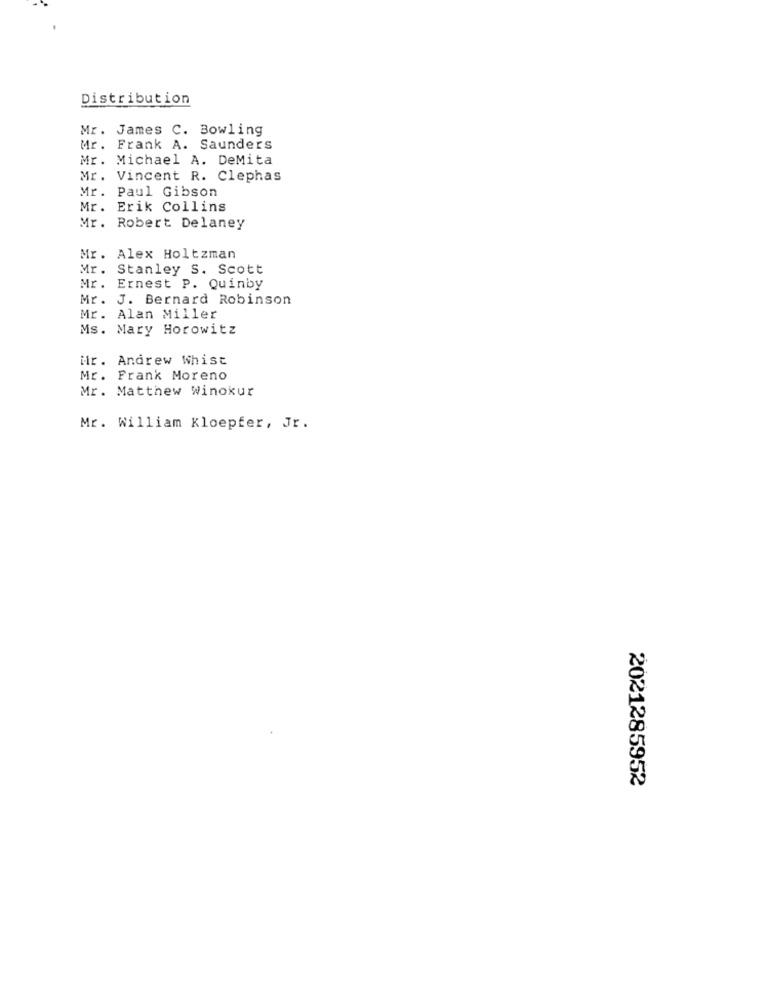
Distribution
Mr. James C. Bowling
Mr. Frank A. Saunders
Mr. Michael A. DeMita
Mr. Vincent R. Clephas
Mr. Paul Gibson
Mr. Erik Collins
Mr. Robert Delaney
Mr. Alex Holtzman
Mr. Stanley S. Scott
Mr. Ernest P. Quinby
Mr. J. Bernard Robinson
Mr. Alan Miller
Ms. Mary Horowitz
iir. Andrew Whist
Mr. Frank Moreno
Mr. Matthew Winokur
Mr. William Kloepfer, Jr.
2021285952